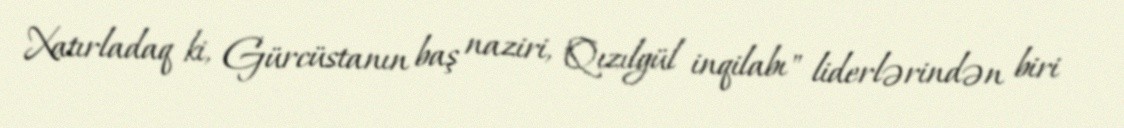
Xatırladaq ki, Gürcüstanın baş naziri, "Qızılgül inqilabı" liderlərindən biri